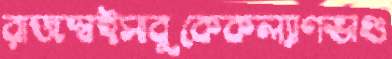
রাজস্বইসাবুকেকল্যাণভাণ্ড